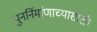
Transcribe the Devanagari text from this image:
पुनर्निर्माणाच्यासाठी